Civil Veterinary Department. Madras. Admin. report 1910-25 - 1910-1925
Year: 1910
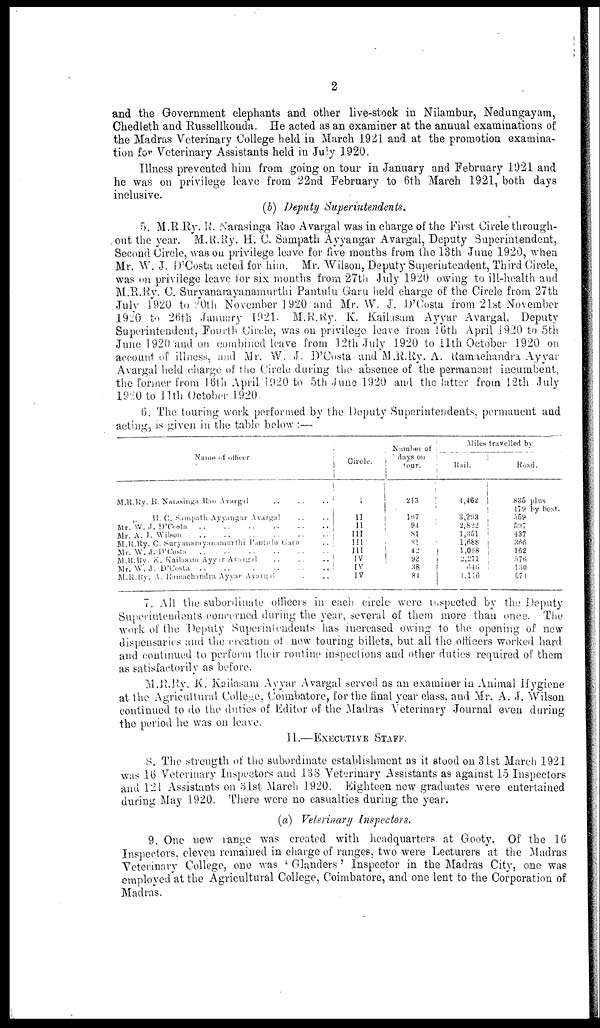
2
and the Government elephants and other live-stock in Nilambur, Nedungayam,
Chedleth and Russellkonda. He acted as an examiner at the annual examinations of
the Madras Veterinary College held in March 1921 and at the promotion examina-
tion for Veterinary Assistants held in July 1920.
Illness prevented him from going on tour in January and February 1921 and
he was on privilege leave from 22nd February to 6th March 1921, both days
inclusive.
(b) Deputy Superintendents.
5. M.R.Ry. R. Narasinga Rao Avargal was in charge of the First Circle through-
out the year. M.R.Ry. H. C. Sampath Ayyangar Avargal, Deputy Superintendent,
Second Circle, was on privilege leave for five months from the 13th June 1920, when
Mr. W. J. D'Costa acted for him. Mr. Wilson, Deputy Superintendent, Third Circle,
was on privilege leave for six months from 27th July 1920 owing to ill-health and
M.R.Ry. C. Suryanarayanamurthi Pantulu Garu held charge of the Circle from 27th
July 1920 to 20th November 1920 and Mr. W. J. D'Costa from 21st November
1920 to 26th January 1921. M.R.Ry. K. Kailasam Ayyar Avargal, Deputy
Superintendent, Fourth Circle, was on privilege leave from 16th April 1920 to 5th
June 1920 and on combined leave from 12th July 1920 to 11th October 1920 on
account of illness, and Mr. W. J. D'Costa and M.R.Ry. A. Ramachandra Ayyar
Avargal held charge of the Circle during the absence of the permanent incumbent,
the former from 16th April 1020 to 5th June 1920 and the latter from 12th July
1920 to 11th October 1920.
6. The touring work performed by the Deputy Superintendents, permanent and
acting, is given in the table below :—
Name of officer
M.R.Ry. R. Narasinga Rao Avargal
..
..
..
„ H. G. Sampath Ayyangar Avargal
..
..
Mr. W. J. D'Costa
..
..
..
..
..
..
Mr. A. J. Wilson
..
..
..
..
..
..
M.R.Ry. C. Suryanarayanamurthi
Pantulu
Garu ..
Mr. W. J. D'Costa
..
..
..
..
..
..
M.R.Ry. K. Kailasam Ayyar Avargal
..
..
..
Mr. W. J. D'Costa
..
..
.
..
..
..
M.R.Ry. A. Ramachandra Ayyar Avargal
..
..
Circle.
I
II
II
III
III
III
IV
IV
IV
Number of
days on
tour.
213
107
94
81
81
42
92
38
i
84
Miles travelled by
Rail.
4,462
3,293
2,822
1,351
1,688
1,068 |
2,271 |
646
1,116
Road.
835 plus
479 by boat.
559
597
437
366
162
576
1:50
571
7. All the subordinate officers in each circle were inspected by the Deputy
Superintendents concerned during the year, several of them more than once. The
work of the Deputy Superintendents has increased owing to the opening of new
dispensaries and the creation of new touring billets, but all the officers worked hard
and continued to perform their routine inspections and other duties required of them
as satisfactorily as before.
M.R.Ry. K. Kailasam Ayyar Avargal served as an examiner in Animal Hygiene
at the Agricultural College, Coimbatore, for the final year class, and Mr. A. J. Wilson
continued to do the duties of Editor of the Madras Veterinary Journal even during
the period he was on leave.
II.—EXECUTIVE STAFF.
8. The strength of the subordinate establishment as it stood on 31st March 1921
was 16 Veterinary Inspectors and 138 Veterinary Assistants as against 15 Inspectors
and 121 Assistants on 31st March 1920. Eighteen new graduates were entertained
during May 1920. There were no casualties during the year.
(a) Veterinary Inspectors.
9. One new range was created with headquarters at Gooty. Of the 16
Inspectors, eleven remained in charge of ranges, two were Lecturers at the Madras
Veterinary College, one was 'Glanders' Inspector in the Madras City, one was
employed at the Agricultural College, Coimbatore, and one lent to the Corporation of
Madras.